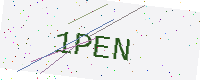
Text: 1PEN